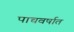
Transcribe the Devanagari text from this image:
पाचवर्षात